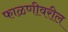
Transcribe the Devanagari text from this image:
फाळणीवरील